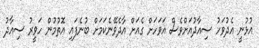
އުޅުނީ އެދުވަހު ސިއާދުއަށްވެސް އަވަހަށް ގެއަށް އާދެވޭނެކަމަށް ބުނެފައި އޮތުމުން ހަވީރު ސިއާދު